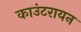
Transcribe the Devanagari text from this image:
काउंटरायन